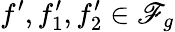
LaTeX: {f^{\prime},f_{1}^{\prime},f_{2}^{\prime}\in\mathscr{F}_{g}}